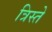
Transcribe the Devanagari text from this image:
त्रिस्ते